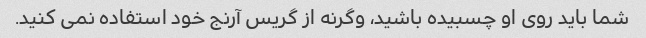
شما باید روی او چسبیده باشید، وگرنه از گریس آرنج خود استفاده نمی کنید.